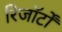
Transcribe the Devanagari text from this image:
रिजॉर्टों